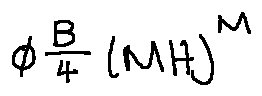
\phi ^ { \frac { B } { 4 } } ( M H ) ^ { M }